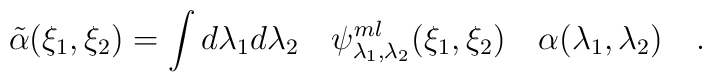
\tilde{\alpha}(\xi_1,\xi_2) = \int d \lambda_1 d\lambda_2 \quad  \psi^{ml}_{\lambda_1, \lambda_2}(\xi_1,\xi_2) \quad \alpha(\lambda_1,\lambda_2)   \quad .